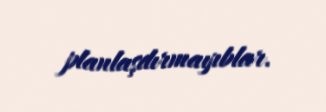
planlaşdırmayıblar.